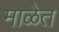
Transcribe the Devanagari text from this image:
माळेत